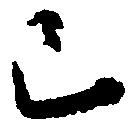
已